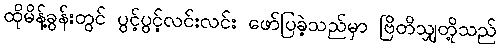
ထိုမိန့်ခွန်းတွင် ပွင့်ပွင့်လင်းလင်း ဖော်ပြခဲ့သည်မှာ ဗြိတိသျှတို့သည်